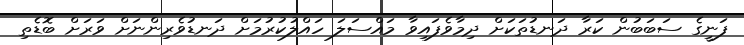
ފަނީގެ ސަބަބުން ކަރާ ދަނޑުތަކަށް ދިމާވެފައިވާ މައްސަލަ ހައްލުކުރުމަށް ދަނޑުވެރިންނަށް ވަރަށް ބޮޑެތި